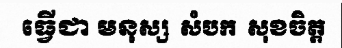
ធ្វើជា មនុស្ស  សំបក  សុខចិត្ត